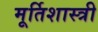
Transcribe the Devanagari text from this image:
मूर्तिशास्त्री